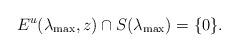
LaTeX: \begin{align*} E^u(\lambda_\mathrm{max},z)\cap S(\lambda_\mathrm{max})=\{0\}.\end{align*}